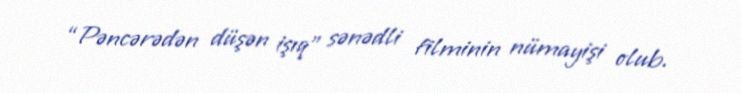
“Pəncərədən düşən işıq” sənədli filminin nümayişi olub.